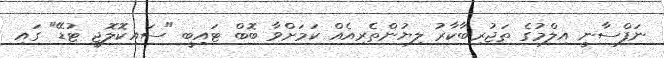
ނަފްސާނީ އިލްމުގެ ތަޖުރިބާކާރު ލިޔުންތެރިއެއް ކަމަށްވާ ބޮބް ޓައިބީ "ސައިކޮލޮޖީ ޓުޑޭ" ގައި